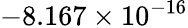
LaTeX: -8.167\times 10^{-16}